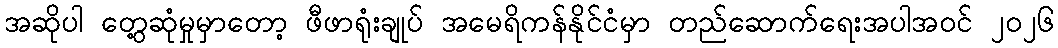
အဆိုပါ တွေ့ဆုံမှုမှာတော့ ဖီဖာရုံးချုပ် အမေရိကန်နိုင်ငံမှာ တည်ဆောက်ရေးအပါအဝင် ၂၀၂၆